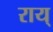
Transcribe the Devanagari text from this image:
राय्